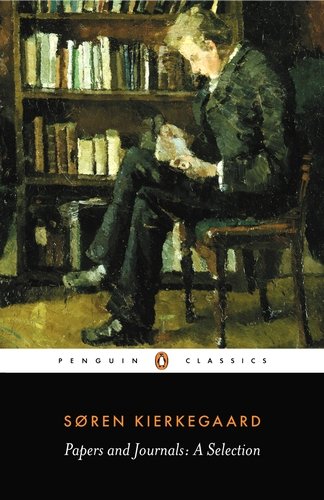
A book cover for Papers and Journals: A Selection; Soren Kierkegaard; Biographies & Memoirs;